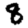
Digit: 8